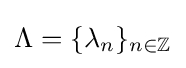
\Lambda =\{\lambda _{n}\}_{n\in \mathbb {Z} }